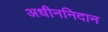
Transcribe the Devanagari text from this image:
अधीननिदान